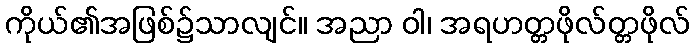
ကိုယ်၏အဖြစ်၌သာလျင်။ အညာ ဝါ၊ အရဟတ္တဖိုလ်တ္တဖိုလ်